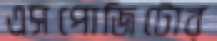
এসপোজিটোর